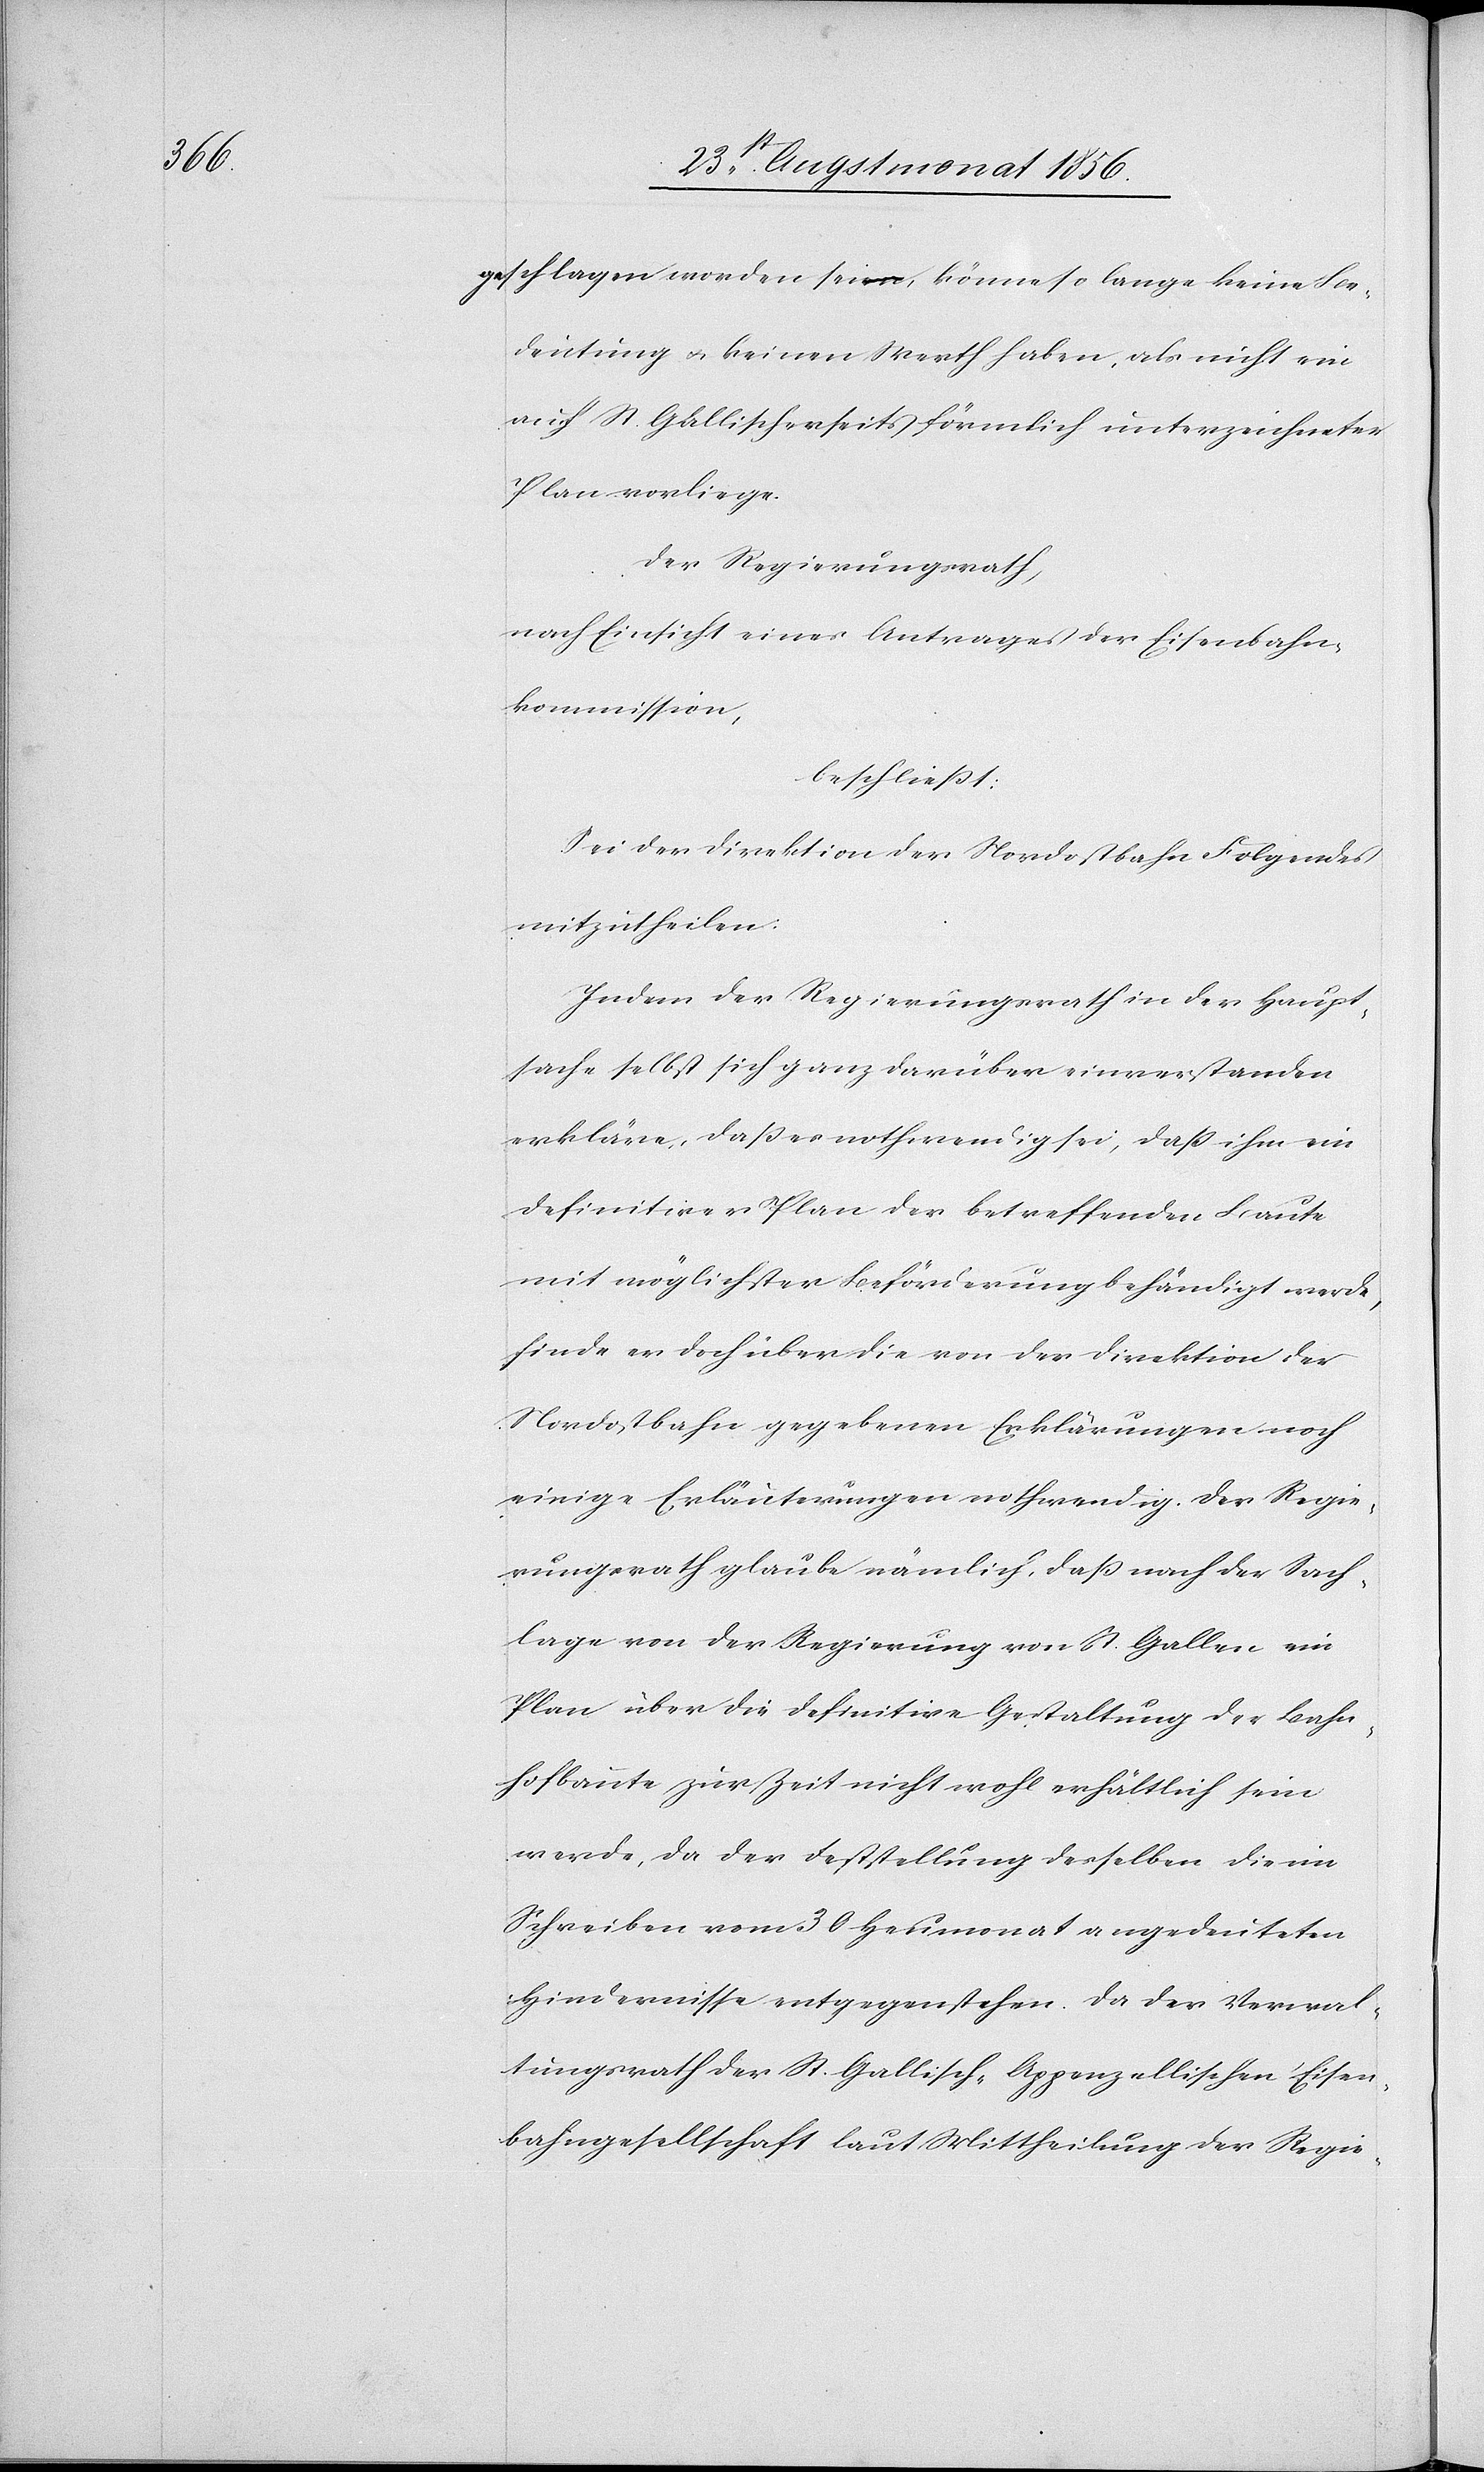
geschlagen worden sei, könne so lange keine Be¬
deutung u. keinen Werth haben, als nicht ein
auch St. Gallischerseits förmlich unterzeichneter
Plan vorliege.
Der Regierungsrath,
nach Einsicht eines Antrages der Eisenbahn¬
kommission,
beschliesst:
Sei der Direktion der Nordostbahn Folgendes
mitzutheilen:
Indem der Regierungsrath in der Haupt¬
sache selbst sich ganz darüber einverstanden
erkläre, dass es nothwendig sei, dass ihm ein
definitiver Plan der betreffenden Baute
mit möglichster Beförderung behändigt werde,
finde er doch über die von der Direktion der
Nordostbahn gegebenen Erklärungen noch
einige Erläuterungen nothwendig. Der Regie¬
rungsrath glaube nämlich, dass nach der Sach¬
lage von der Regierung von St. Gallen ein
Plan über die definitive Gestaltung der Bahn¬
hofbaute zur Zeit nicht wohl erhältlich sein
werde, da der Feststellung desselben die im
Schreiben vom 30 Heumonat angedeuteten
Hindernisse entgegenstehen. Da der Verwal¬
tungsrath der St. Gallisch-Appenzellischen Eisen¬
bahngesellschaft laut Mittheilung der Regie-